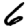
Digit: 6